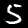
Label: 5